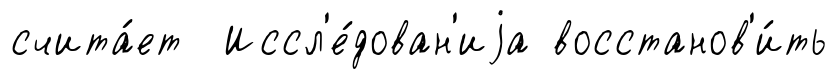
счита́ет Иссл'е́дован'иjа восстанов'и́ть